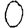
Digit: 0